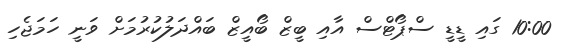
10:00 ގައި ޑީޑީ ސްޕޯޓްސް އާއި ބީޒް ބޯއީޒް ބައްދަލުކުރުމަށް ވަނީ ހަމަޖެހި